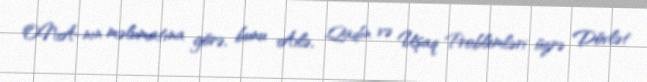
ONA-nın məlumatına görə, bunu Ailə, Qadın və Uşaq Problemləri üzrə Dövlət